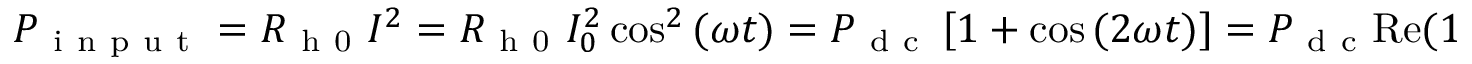
P _ { \mathrm { ~ i ~ n ~ p ~ u ~ t ~ } } = R _ { \mathrm { ~ h ~ 0 ~ } } I ^ { 2 } = R _ { \mathrm { ~ h ~ 0 ~ } } I _ { 0 } ^ { 2 } \cos ^ { 2 } { ( \omega t ) } = P _ { \mathrm { ~ d ~ c ~ } } \left[ 1 + \cos { ( 2 \omega t ) } \right] = P _ { \mathrm { ~ d ~ c ~ } } \mathrm { R e } ( 1 + \mathrm { e } ^ { i 2 \omega t } ) { , }